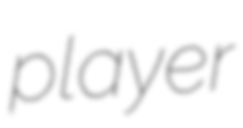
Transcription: player